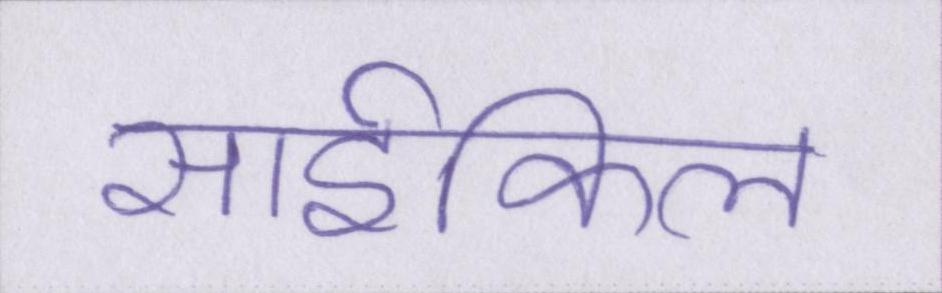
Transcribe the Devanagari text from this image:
साईकिल